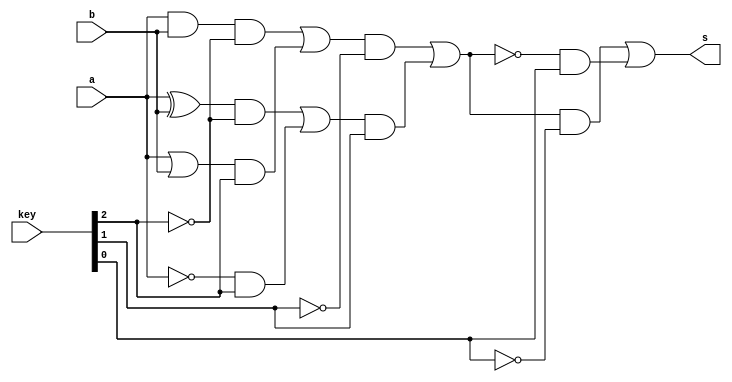
// -------------------------
// Exemplo0035 - F4
// Nome: Douglas Henrique silva Corra
// -------------------------
// -------------------------
// f4_gate
// -------------------------
module f4 (output s, input a , input b, input [2:0] key); 
wire temp0, temp1, temp2, temp3,temp4, temp5, temp6, temp7, temp8, temp9, temp10, temp11, temp12, temp13, temp14;
wire [2:0] keytemp;
//--portas
and AND0(temp0, a, b);
or OR0(temp1, a, b);
xor XOR0(temp2,a, b);
not NOT0(temp3,a);
//--negao das chaves
not NOT1(keytemp[0], key[0]);
not NOT2(keytemp[1], key[1]);
not NOT3(keytemp[2], key[2]);
//--multiplexador and e or
and AND1(temp4, temp0, keytemp[2]);
and AND2(temp5, temp1, key[2]);
or OR1(temp6, temp4, temp5);
//--multiplexador xor e not
and AND3(temp7, temp2, keytemp[2]);
and AND4(temp8, temp3, key[2]);
or OR2(temp9, temp7, temp8);
//--multiplexador conjunto
and AND5(temp10, temp6, keytemp[1]);
and AND6(temp11, temp9, key[1]);
or OR3(temp12, temp10, temp11);
//--multiplexador negado
and AND7(temp13, temp12, keytemp[0]);
and AND8(temp14, (~temp12), key[0]);
or OR4(s, temp13, temp14);

endmodule // f4 
module test_f4; 
// ------------------------- definir dados 
reg x; 
reg y;
reg [2:0]v; 
wire  z;
f4 Teste (z, x, y, v);
 
// ------------------------- parte principal 
initial begin 
$display("Exemplo0035 - Douglas Henrique Silva Corra - 466503"); 
$display("Test LU's module"); 
x = 1; y = 0; v=3'b000; 
// projetar testes do modulo 
#1 $display("x and y = ",z);
v=3'b001;
#1 $display("x nand y = ",z);
v=3'b010;
#1 $display("x xor y = ",z);
v=3'b011;
#1 $display("x xnor y = ",z);
v=3'b100;
#1 $display("x or y = ",z);
v=3'b101;
#1 $display("x nor y = ",z);
v=3'b110;
#1 $display("x not y = ",z);
end 
endmodule